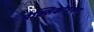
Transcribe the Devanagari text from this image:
मेक्सिकोवरून